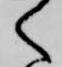
く